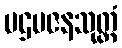
ပဌမဇနသုတ္တံ